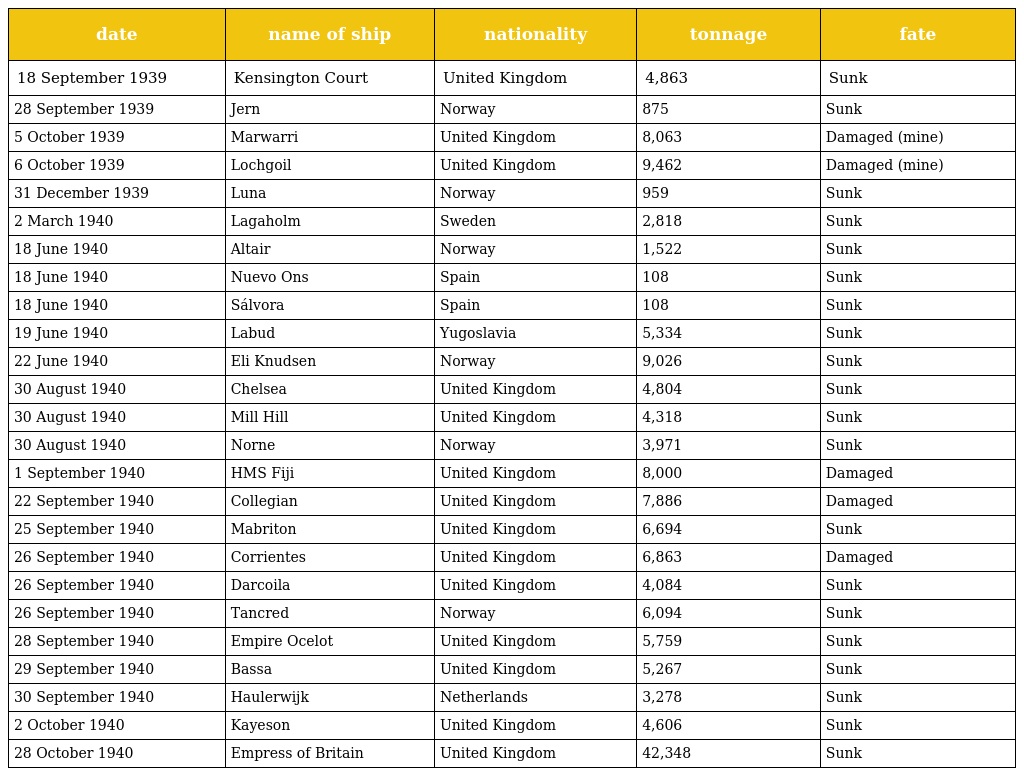
| date | name of ship | nationality | tonnage | fate |
 | --- | --- | --- | --- | --- |
 | 18 September 1939 | Kensington Court | United Kingdom | 4,863 | Sunk |
 | 28 September 1939 | Jern | Norway | 875 | Sunk |
 | 5 October 1939 | Marwarri | United Kingdom | 8,063 | Damaged (mine) |
 | 6 October 1939 | Lochgoil | United Kingdom | 9,462 | Damaged (mine) |
 | 31 December 1939 | Luna | Norway | 959 | Sunk |
 | 2 March 1940 | Lagaholm | Sweden | 2,818 | Sunk |
 | 18 June 1940 | Altair | Norway | 1,522 | Sunk |
 | 18 June 1940 | Nuevo Ons | Spain | 108 | Sunk |
 | 18 June 1940 | Sálvora | Spain | 108 | Sunk |
 | 19 June 1940 | Labud | Yugoslavia | 5,334 | Sunk |
 | 22 June 1940 | Eli Knudsen | Norway | 9,026 | Sunk |
 | 30 August 1940 | Chelsea | United Kingdom | 4,804 | Sunk |
 | 30 August 1940 | Mill Hill | United Kingdom | 4,318 | Sunk |
 | 30 August 1940 | Norne | Norway | 3,971 | Sunk |
 | 1 September 1940 | HMS Fiji | United Kingdom | 8,000 | Damaged |
 | 22 September 1940 | Collegian | United Kingdom | 7,886 | Damaged |
 | 25 September 1940 | Mabriton | United Kingdom | 6,694 | Sunk |
 | 26 September 1940 | Corrientes | United Kingdom | 6,863 | Damaged |
 | 26 September 1940 | Darcoila | United Kingdom | 4,084 | Sunk |
 | 26 September 1940 | Tancred | Norway | 6,094 | Sunk |
 | 28 September 1940 | Empire Ocelot | United Kingdom | 5,759 | Sunk |
 | 29 September 1940 | Bassa | United Kingdom | 5,267 | Sunk |
 | 30 September 1940 | Haulerwijk | Netherlands | 3,278 | Sunk |
 | 2 October 1940 | Kayeson | United Kingdom | 4,606 | Sunk |
 | 28 October 1940 | Empress of Britain | United Kingdom | 42,348 | Sunk |